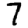
Digit: 7